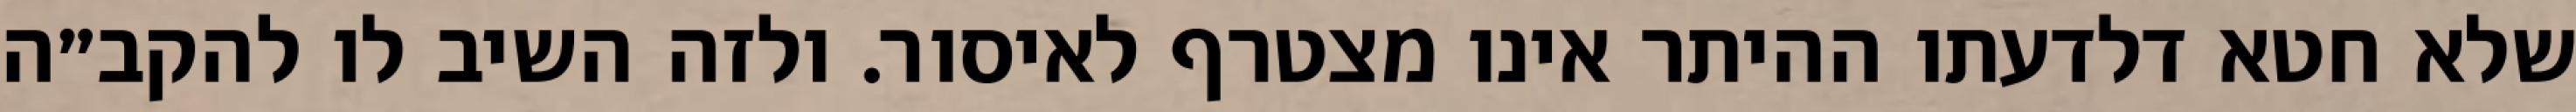
שלא חטא דלדעתו ההיתר אינו מצטרף לאיסור. ולזה השיב לו להקב״ה